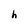
Character: h